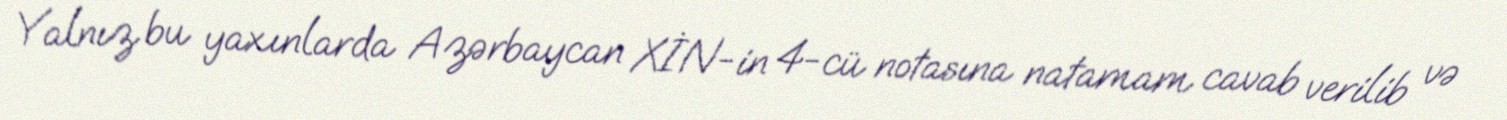
Yalnız bu yaxınlarda Azərbaycan XİN-in 4-cü notasına natamam cavab verilib və